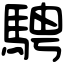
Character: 騁